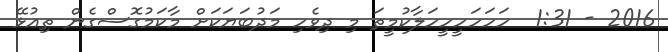
2016 - 1:31  ހަހަހަހީހީހަލާކުމީތަ މި ދިވެހި މަދުބަޔަކަށް މާކަމުގޮސްގެން ތިއުޅޭ